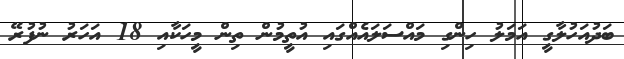
ބަދުއަހުލާގީ އަމަލު ހިންގި މައްސަލައެއްގައި އުތީމުން ތިން މީހަކާއި 18 އަހަރު ނުފުރޭ